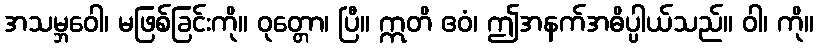
အသမ္ဘဝေါ၊ မဖြစ်ခြင်းကို။ ဝုတ္တော၊ ပြီ။ ဣတိ ဧဝံ၊ ဤအနက်အဓိပ္ပါယ်သည်။ ဝါ၊ ကို။